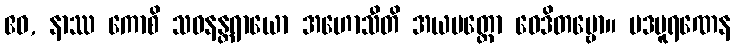
ဧဝ, နာဿ ကောစိ သဝနန္တရာယော အဟောသီတိ အယမတ္ထော ဝေဒိတဗ္ဗော။ ပဒပူရဏေန